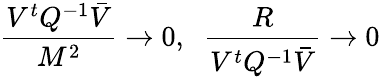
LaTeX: \frac{V^{t}{Q}^{-1}\bar{V}}{M^{2}}\to 0,\; \; \frac{R}{V^{t}{Q}^{-1}\bar{V}}\to 0